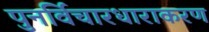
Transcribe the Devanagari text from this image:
पुनर्विचारधाराकरण